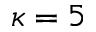
\kappa = 5